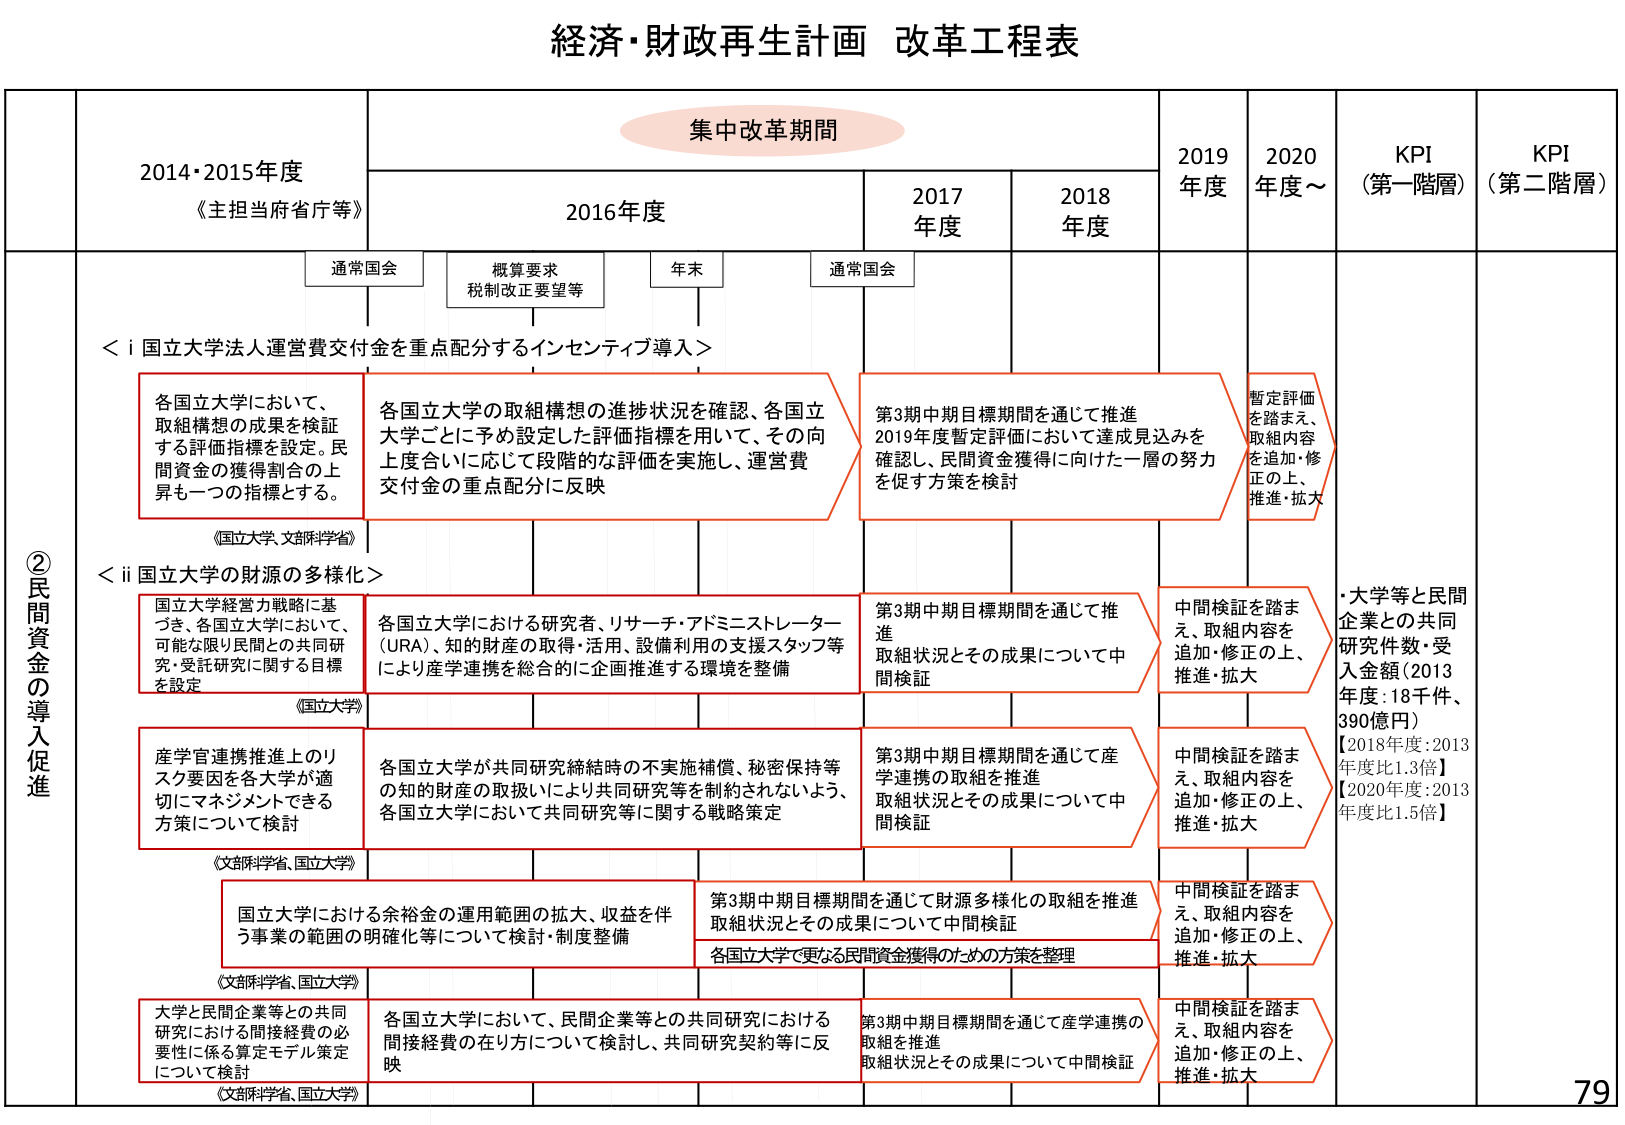
経済・財政再生計画 改革工程表

集中改革期間

2014・2015年度
《主担当府省庁等》

2016年度
通常国会
概算要求
税制改正要望等
年末

2017年度
通常国会

2018年度

2019年度

2020年度～

KPI
（第一階層）

KPI
（第二階層）

②民間資金の導入促進

＜i 国立大学法人運営費交付金を重点配分するインセンティブ導入＞

各国立大学において、
取組構想の成果を検証
する評価指標を設定。民間資金の獲得割合の上昇も一つの指標とする。

各国立大学の取組構想の進捗状況を確認、各国立大学ごとに予め設定した評価指標を用いて、その向上度合いに応じて段階的な評価を実施し、運営費交付金の重点配分に反映

第3期中期目標期間を通じて推進
2019年度暫定評価において達成見込みを確認し、民間資金獲得に向けた一層の努力を促す方策を検討

暫定評価を踏まえ、取組内容を追加・修正の上、推進・拡大

＜ii 国立大学の財源の多様化＞

《国立大学、文部科学省》

国立大学経営力戦略に基づき、各国立大学において、可能な限り民間との共同研究・受託研究に関する目標を設定

各国立大学における研究者、リサーチ・アドミニストレーター（URA）、知的財産の取得・活用、設備利用の支援スタッフ等により産学連携を総合的に企業推進する環境を整備

第3期中期目標期間を通じて推進
取組状況とその成果について中間検証

中間検証を踏まえ、取組内容を追加・修正の上、推進・拡大

・大学等と民間企業との共同研究件数・受入金額（2013年度：18千件、390億円）
【2018年度：2013年度比1.3倍】
【2020年度：2013年度比1.5倍】

《国立大学》

産学官連携推進上のリスク要因を各大学が適切にマネジメントできる方策について検討

各国立大学が共同研究締結時の不実施補償、秘密保持等の知的財産の取扱いにより共同研究等を制約されないよう、各国立大学において共同研究等に関する戦略策定

第3期中期目標期間を通じて産学連携の取組を推進
取組状況とその成果について中間検証

中間検証を踏まえ、取組内容を追加・修正の上、推進・拡大

《文部科学省、国立大学》

国立大学における余裕金の運用範囲の拡大、収益を伴う事業の範囲の明確化等について検討・制度整備

第3期中期目標期間を通じて財源多様化の取組を推進
取組状況とその成果について中間検証
各国立大学で更なる民間資金獲得のための方策を整理

中間検証を踏まえ、取組内容を追加・修正の上、推進・拡大

《文部科学省、国立大学》

大学と民間企業等との共同研究における間接経費の必要性に係る算定モデル策定について検討

各国立大学において、民間企業等との共同研究における間接経費の在り方について検討し、共同研究契約等に反映

第3期中期目標期間を通じて産学連携の取組を推進
取組状況とその成果について中間検証

中間検証を踏まえ、取組内容を追加・修正の上、推進・拡大

79